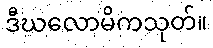
ဒီဃလောမိကသုတ်။